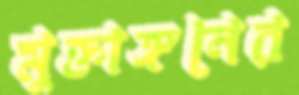
মুক্তাঙ্গনের